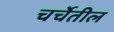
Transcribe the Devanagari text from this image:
चर्चेतील